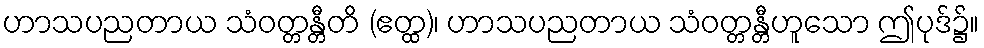
ဟာသပညတာယ သံဝတ္တန္တီတိ (ဧတ္ထ)၊ ဟာသပညတာယ သံဝတ္တန္တီဟူသော ဤပုဒ်၌။